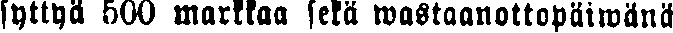
syttyä 500 markkaa sekä wastaanottopäiwänä